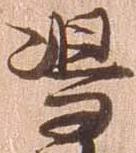
島